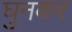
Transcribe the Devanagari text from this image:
घुनकर